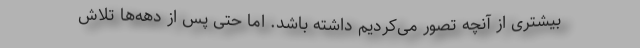
بیشتری از آنچه تصور می‌کردیم داشته باشد. اما حتی پس از دهه‌ها تلاش